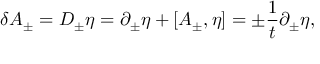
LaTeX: \delta A _ { \pm } = D _ { \pm } \eta = \partial _ { \pm } \eta + [ A _ { \pm } , \eta ] = \pm { \frac { 1 } { t } } \partial _ { \pm } \eta ,